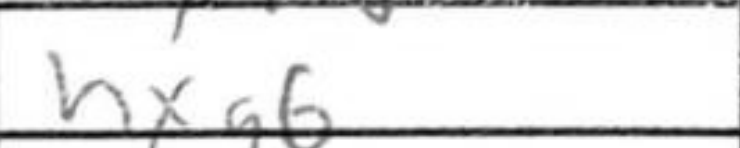
Transcription: hxg6